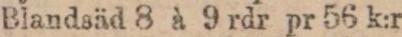
Blandsäd 8 à 9 rdr pr 56 k:r.